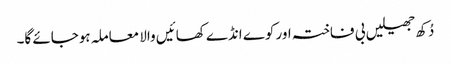
دُکھ جھیلیں بی فاختہ اور کوے انڈے کھائیں والا معاملہ ہوجائے گا۔